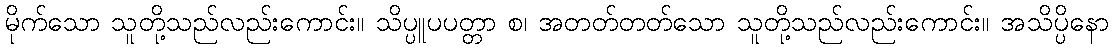
မိုက်သော သူတို့သည်လည်းကောင်း။ သိပ္ပူပပတ္တာ စ၊ အတတ်တတ်သော သူတို့သည်လည်းကောင်း။ အသိပ္ပိနော